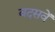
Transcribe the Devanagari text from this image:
वदसवें